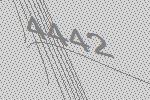
4442